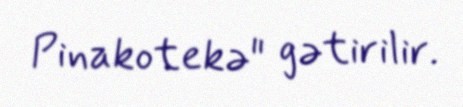
Pinakotekə" gətirilir.